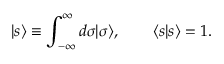
| s \rangle \equiv \int _ { - \infty } ^ { \infty } d \sigma | \sigma \rangle , \qquad \langle s | s \rangle = 1 .